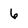
Character: 6